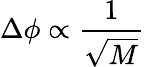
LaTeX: \Delta\phi\propto\frac{1}{\sqrt{M}}